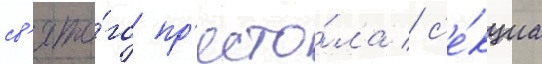
св'ято́го пр'есто́ла / с'е́кциа